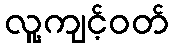
လူ့ကျင့်ဝတ်